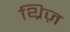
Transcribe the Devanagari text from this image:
थ्रिज़